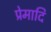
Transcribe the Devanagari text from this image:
प्रेमादि